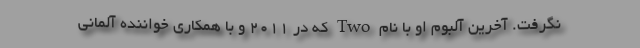
نگرفت. آخرین آلبوم او با نام Two که در ۲۰۱۱ و با همکاری خواننده آلمانی